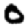
Digit: 0